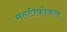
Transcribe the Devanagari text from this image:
मल्टीफ़ोकल